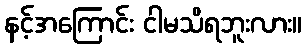
နင့်အကြောင်း ငါမသိရဘူးလား။